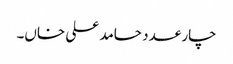
چار عدد حامد علی خاں۔